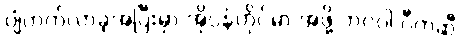
ပျံတက်လာခဲ့အပြီးမှာ အိုပဲန်ဟိုင်မာ အဖို့ ဘဂဝါ ဂီတဆီ